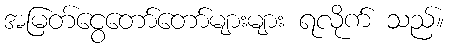
အမြတ်ငွေတော်တော်များများ ရလိုက် သည်။